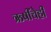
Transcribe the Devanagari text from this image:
ऋषींचेही